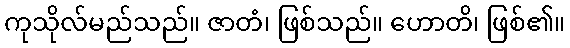
ကုသိုလ်မည်သည်။ ဇာတံ၊ ဖြစ်သည်။ ဟောတိ၊ ဖြစ်၏။